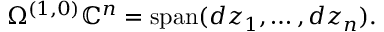
\Omega ^ { ( 1 , 0 ) } \mathbb { C } ^ { n } = \operatorname { s p a n } ( d z _ { 1 } , \dots , d z _ { n } ) .